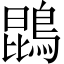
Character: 鵾